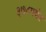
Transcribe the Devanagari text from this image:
३७८पर्यंत